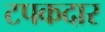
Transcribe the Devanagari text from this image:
टपकदार